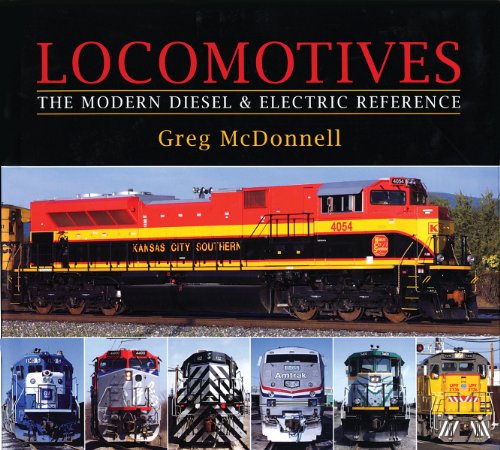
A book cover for Locomotives: The Modern Diesel and Electric Reference; Greg McDonnell; Engineering & Transportation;